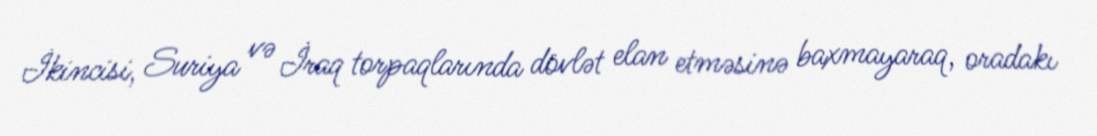
İkincisi, Suriya və İraq torpaqlarında dövlət elan etməsinə baxmayaraq, oradakı